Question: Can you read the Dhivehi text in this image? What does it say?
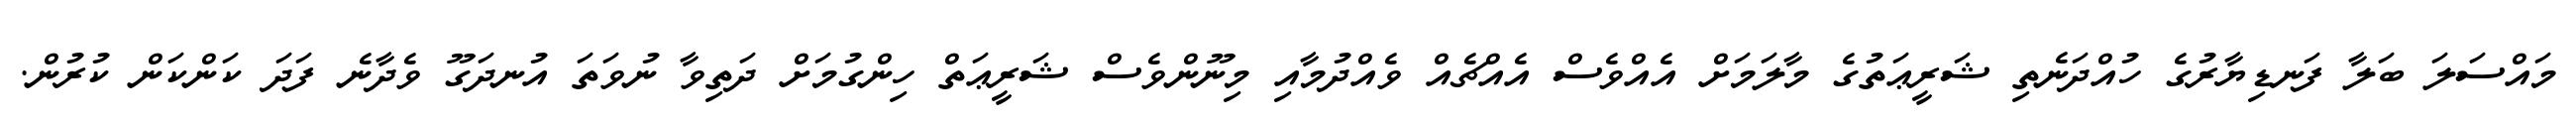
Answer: މައްސަލަ ބަލާ ފަނޑިޔާރުގެ ހުއްދަނެތި ޝަރީޢަތުގެ މާލަމަށް އެއްވެސް އެއްޗެއް ވެއްދުމާއި މިނޫންވެސް ޝަރީޢަތް ހިންގުމަށް ދަތިވާ ނުވަތަ އުނދަގޫ ވެދާނެ ފަދަ ކަންކަން ކުރުން.